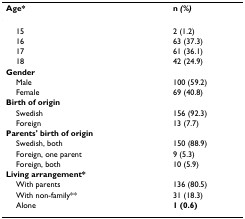
| Age* | n (%) |
 | --- | --- |
 | 15 | 2 (1.2) |
 | 16 | 63 (37.3) |
 | 17 | 61 (36.1) |
 | 18 | 42 (24.9) |
 | Gender |  |
 | Male | 100 (59.2) |
 | Female | 69 (40.8) |
 | Birth of origin |  |
 | Swedish | 156 (92.3) |
 | Foreign | 13 (7.7) |
 | Parents' birth of origin |  |
 | Swedish, both | 150 (88.9) |
 | Foreign, one parent | 9 (5.3) |
 | Foreign, both | 10 (5.9) |
 | Living arrangement* |  |
 | With parents | 136 (80.5) |
 | With non-family** | 31 (18.3) |
 | Alone | 1 (0.6) |